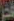
قصر